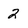
Character: 2